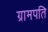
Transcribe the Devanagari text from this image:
ग्रामपति